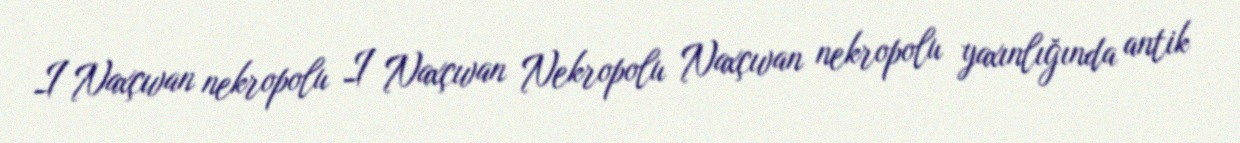
I Naxçıvan nekropolu I Naxçıvan Nekropolu Naxçıvan nekropolu yaxınlığında antik